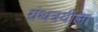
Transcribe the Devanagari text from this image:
ग्रंथत्रयीला